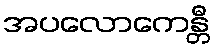
အပလောကေန္တီ